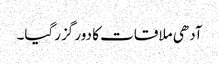
آدھی ملاقات کا دور گزرگیا۔